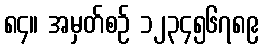
၈၄။ အမှတ်စဉ် ၁၂၃၄၅၆၇၈၉